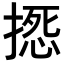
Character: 𢲀